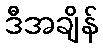
ဒီအချိန်